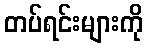
တပ်ရင်းများကို